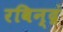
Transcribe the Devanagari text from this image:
रविन्द्रं